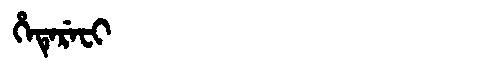
Manchu: ᡥᡝᡨᡝᡵᡝᠸᡳ
Romanization: HETEREFI